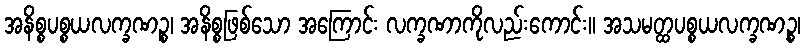
အနိစ္စပစ္စယလက္ခဏဉ္စ၊ အနိစ္စဖြစ်သော အကြောင်း လက္ခဏာကိုလည်းကောင်း။ အသမတ္ထပစ္စယလက္ခဏဉ္စ၊